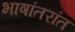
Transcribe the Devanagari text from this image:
भाषांतरांत